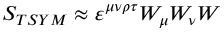
{ \cal S } _ { T S Y M } \approx \varepsilon ^ { \mu \nu \rho \tau } { \cal W } _ { \mu } { \cal W } _ { \nu } { \cal W }